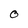
Character: O